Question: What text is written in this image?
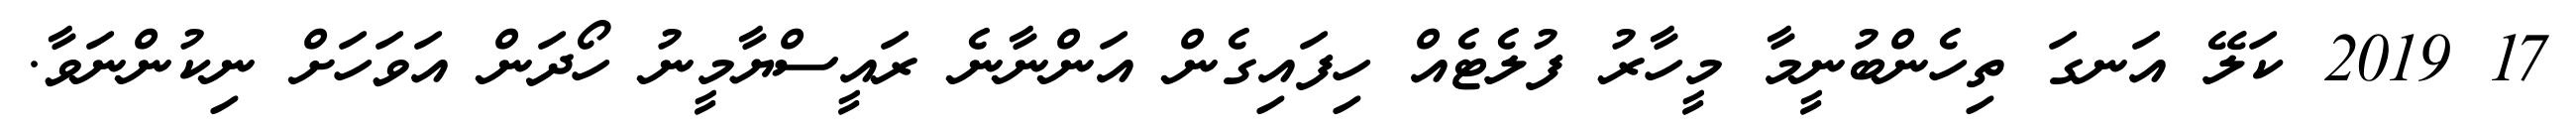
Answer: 17 2019 ކަލޭ އަނގަ ތިހެންބުނީމާ މީހާރު ފުލެޓެއް ހިފައިގެން އަންނާނެ ރައީސްޔާމީނު ހޯދަން އަވަހަށް ނިކުންނަވާ.